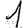
Digit: 1